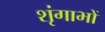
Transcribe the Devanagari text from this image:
शृंगाभों